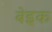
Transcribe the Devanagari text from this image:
बेइक